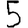
Digit: 5